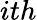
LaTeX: ith